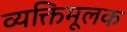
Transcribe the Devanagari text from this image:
व्यक्तिमूलक